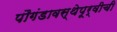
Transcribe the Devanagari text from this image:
पौगंडावस्थेपूर्वीची